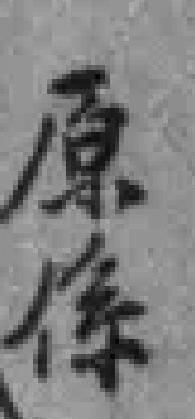
原係